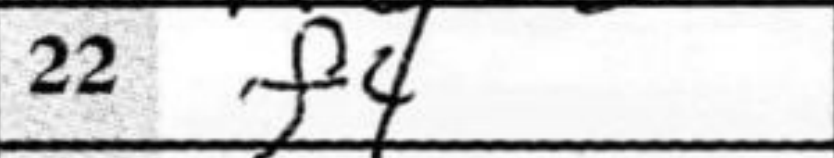
Transcription: f4